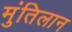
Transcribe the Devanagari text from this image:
मुंतिलान